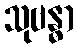
သုဗန္ဓာ